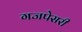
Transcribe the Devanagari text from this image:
गजपेसरी